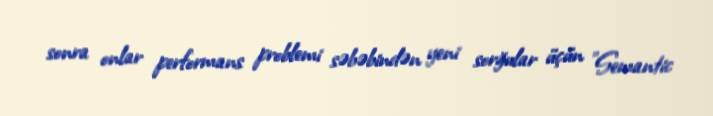
sonra onlar performans problemi səbəbindən yeni sorğular üçün "Semantic